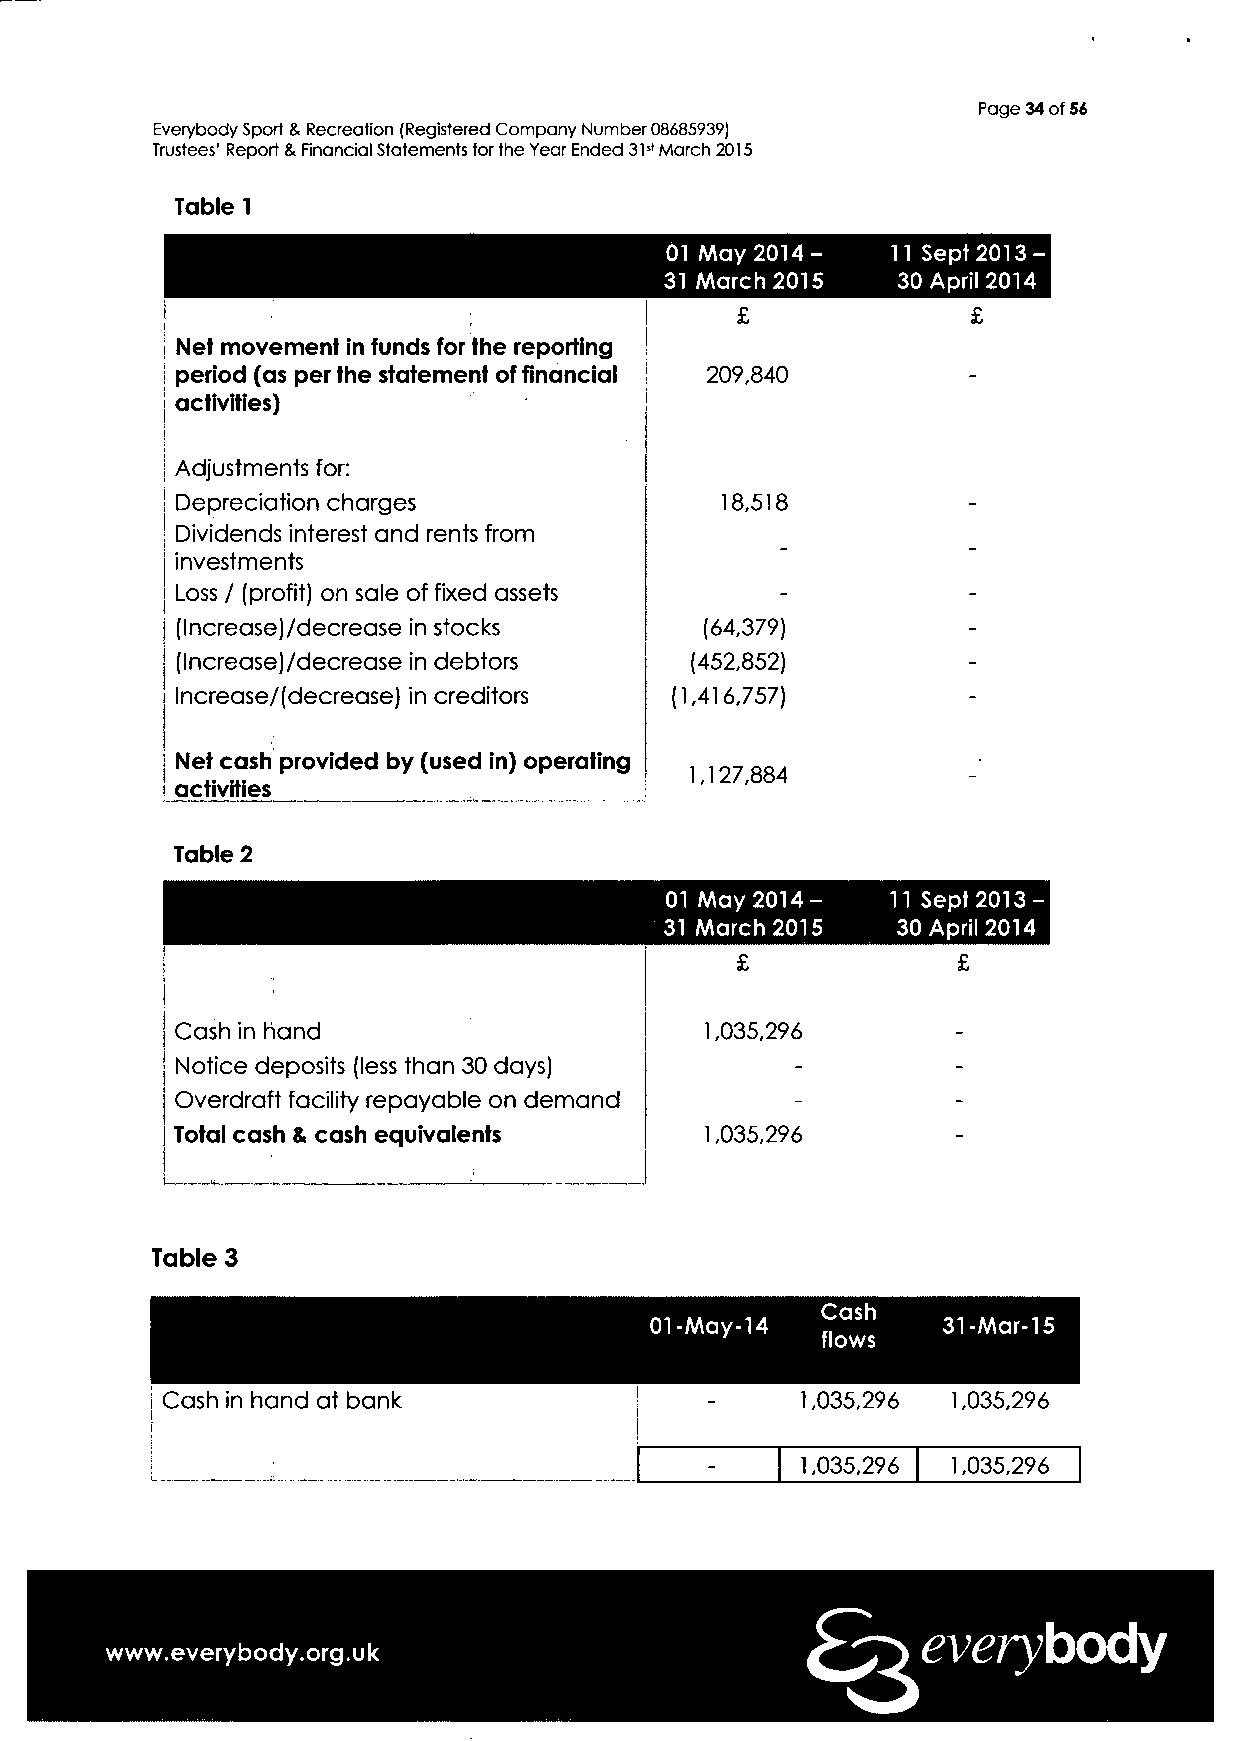
Page 34 of 56
 Everybody Sport & Recreation (Registered Company Number 08685939)
 Trustees' Report & Financial Statements for the Year Ended 31st March 2015
 Table 1
 01 May 2014-   11 Sept 2013-
 31 March 2015  30 April 2014
 ;                 £              £
 Net movement in funds for the reporting
 period (as per the statement of financial 209,840
 activities)
 Adjustments for:
 Depreciation charges                18,518
 Dividends interest and rents from
 -
 investments
 Loss / (profit) on sale of fixed assets
 (IncreaseJ/decrease in stocks      (64,379)
 (lncrease)/decrease in debtors    (452,852)
 lncrease/(decrease) in creditors (1,416,757)
 Net cash provided by (used in) operating
 1,127,884         -
 activities
 Table 2
 01 May 2014-   11 Sept 2013-
 31 March 2015  30 April 2014
 £             £
 •
 Cash in hand                       1,035,296
 Notice deposits (less than 30 days)                -
 Overdraft facility repayable on demand
 Total cash & cash equivalents      1,035,296
 Table 3
 everybody
 www.everybody.org.uk